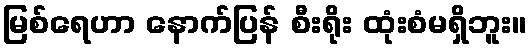
မြစ်ရေဟာ နောက်ပြန် စီးရိုး ထုံးစံမရှိဘူး။